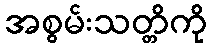
အစွမ်းသတ္တိကို